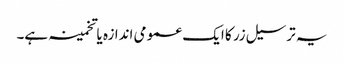
یہ ترسیل زر کا ایک عمومی اندازہ یا تخمینہ ہے۔